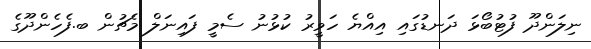
ނިލަންދޫ ފުޓުބޯޅަ ދަނޑުގައި އިއްޔެ ހަވީރު ކުޅުނު ސެމީ ފައިނަލް މެޗުން ބ.ފެހެންދޫގެ